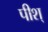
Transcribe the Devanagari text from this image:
पीश्